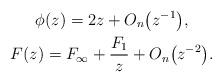
LaTeX: \begin{gather*}\phi(z) = 2z + O_n\big(z^{-1}\big), \\F(z) = F_\infty + \frac{F_1}{z} + O_n\big(z^{-2}\big).\end{gather*}